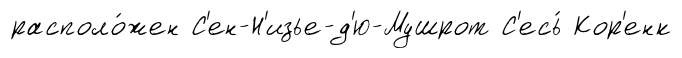
располо́жен С'ен-Н'изье-д'ю-Мушрот С'есь́ Кор'енк